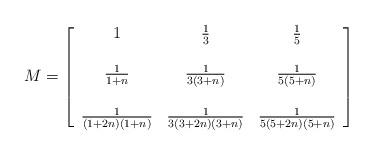
LaTeX: \begin{align*}M=\left[ \begin{array}{ccc} 1 & \frac{1}{3} & \frac{1}{5} \\ \\\frac{1}{1+n} & \frac{1}{3(3+n)} & \frac{1}{5(5+n)}\\\\\frac{1}{(1+2n)(1+n)} & \frac{1}{3(3+2n)(3+n)} & \frac{1}{5(5+2n)(5+n)}\\\end{array} \right]\end{align*}